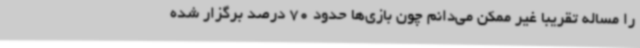
را مساله تقریبا غیر ممکن می‌دانم چون بازی‌ها حدود 70 درصد برگزار شده